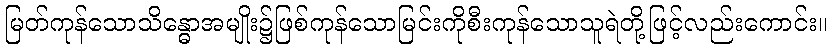
မြတ်ကုန်သောသိန္ဓောအမျိုး၌ဖြစ်ကုန်သောမြင်းကိုစီးကုန်သောသူရဲတို့ဖြင့်လည်းကောင်း။